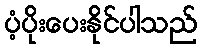
ပံ့ပိုးပေးနိုင်ပါသည်